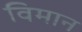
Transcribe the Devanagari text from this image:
विमान